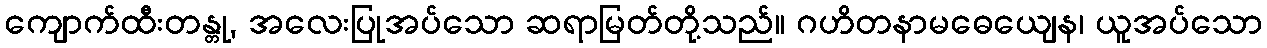
ကျောက်ထီးတန္တု, အလေးပြုအပ်သော ဆရာမြတ်တို့သည်။ ဂဟိတနာမဓေယျေန၊ ယူအပ်သော